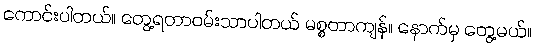
ကောင်းပါတယ်။ တွေ့ရတာဝမ်းသာပါတယ် မစ္စတာကျန်။ နောက်မှ တွေ့မယ်။